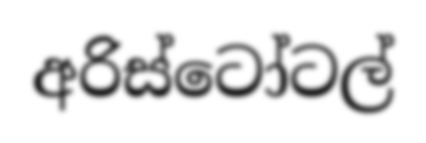
අරිස්ටෝටල්